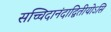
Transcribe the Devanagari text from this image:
सच्चिदानंदाद्वितीयोऽसि